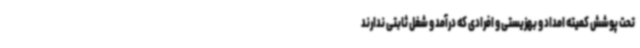
تحت پوشش کمیته امداد و بهزیستی و افرادی که درآمد و شغل ثابتی ندارند